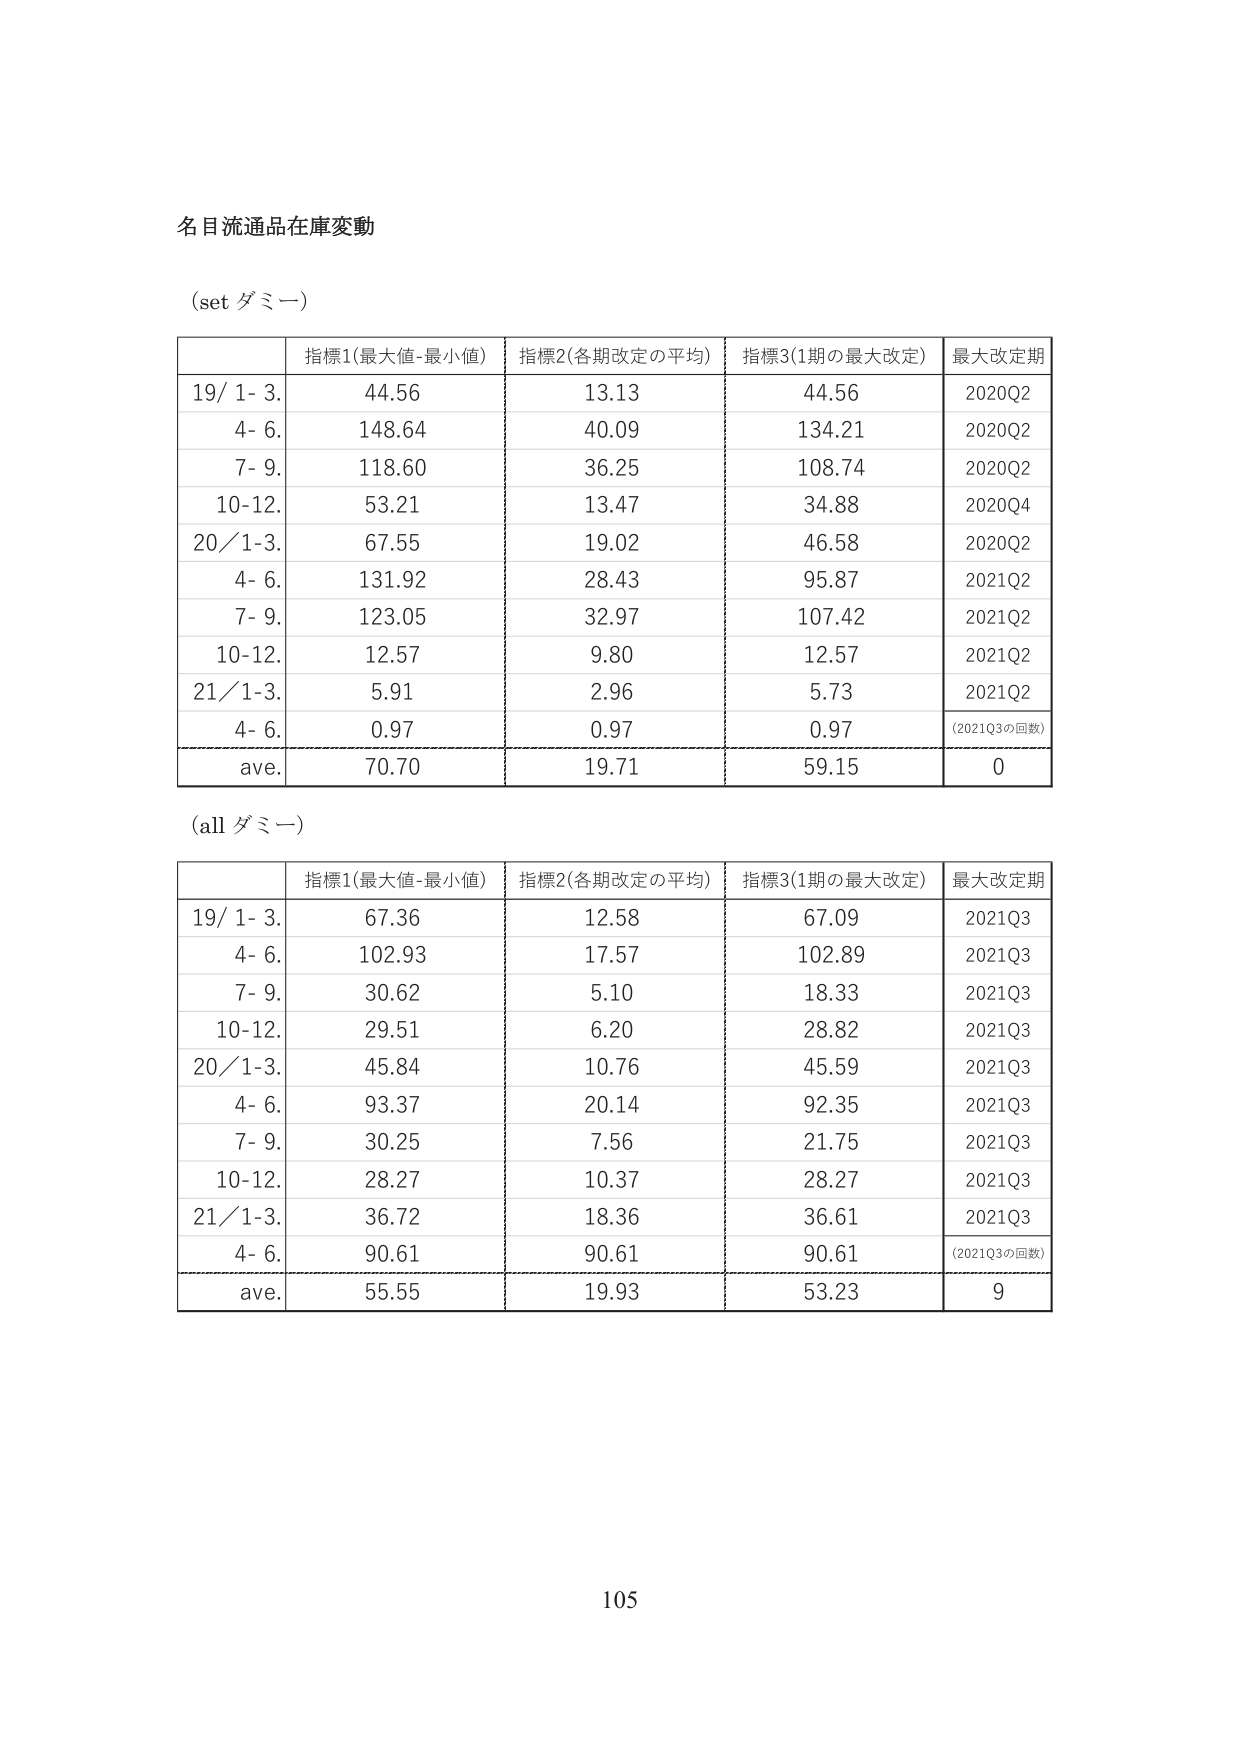
名目流通品在庫変動

(set ダミー)

指標1(最大値-最小値) 指標2(各期改定の平均) 指標3(1期の最大改定) 最大改定期
19/ 1- 3. 44.56 13.13 44.56 2020Q2
4- 6. 148.64 40.09 134.21 2020Q2
7- 9. 118.60 36.25 108.74 2020Q2
10-12. 53.21 13.47 34.88 2020Q4
20/ 1-3. 67.55 19.02 46.58 2020Q2
4- 6. 131.92 28.43 95.87 2021Q2
7- 9. 123.05 32.97 107.42 2021Q2
10-12. 12.57 9.80 12.57 2021Q2
21/ 1-3. 5.91 2.96 5.73 2021Q2
4- 6. 0.97 0.97 0.97 (2021Q3の回数)
ave. 70.70 19.71 59.15 0

(all ダミー)

指標1(最大値-最小値) 指標2(各期改定の平均) 指標3(1期の最大改定) 最大改定期
19/ 1- 3. 67.36 12.58 67.09 2021Q3
4- 6. 102.93 17.57 102.89 2021Q3
7- 9. 30.62 5.10 18.33 2021Q3
10-12. 29.51 6.20 28.82 2021Q3
20/ 1-3. 45.84 10.76 45.59 2021Q3
4- 6. 93.37 20.14 92.35 2021Q3
7- 9. 30.25 7.56 21.75 2021Q3
10-12. 28.27 10.37 28.27 2021Q3
21/ 1-3. 36.72 18.36 36.61 2021Q3
4- 6. 90.61 90.61 90.61 (2021Q3の回数)
ave. 55.55 19.93 53.23 9

105